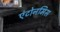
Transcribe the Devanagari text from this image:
एंटोनमिस